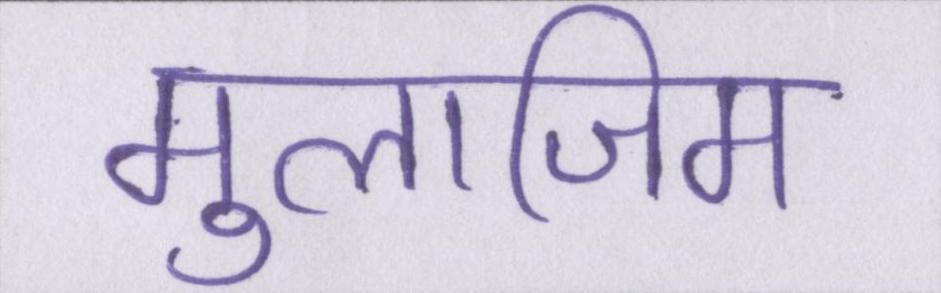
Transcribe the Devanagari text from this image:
मुलाजिम